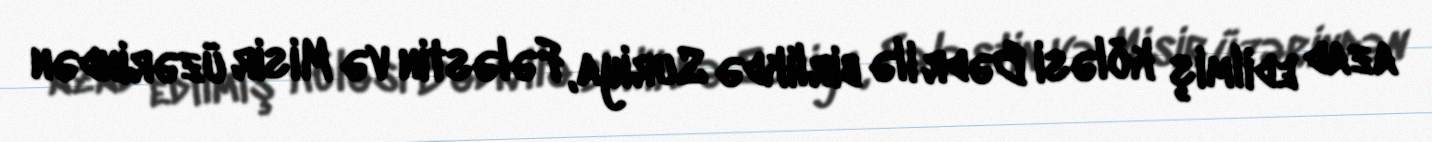
azad edilmiş köləsi Bədr ilə birlikdə Suriya, Fələstin və Misir üzərindən